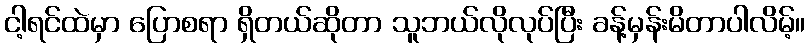
ငါ့ရင်ထဲမှာ ပြောစရာ ရှိတယ်ဆိုတာ သူဘယ်လိုလုပ်ပြီး ခန့်မှန်းမိတာပါလိမ့်။